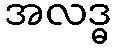
အလဒ္ဓ